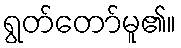
ရွတ်တော်မူ၏။